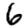
Digit: 6